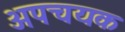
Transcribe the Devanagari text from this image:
अपचयक